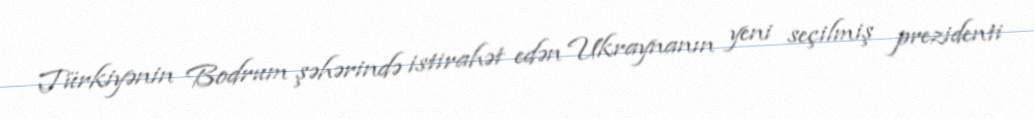
Türkiyənin Bodrum şəhərində istirahət edən Ukraynanın yeni seçilmiş prezidenti